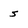
Character: 5